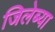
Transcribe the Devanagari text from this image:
जिलेब्या